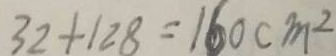
3 2 + 1 2 8 = 1 6 0 c m ^ { 2 }